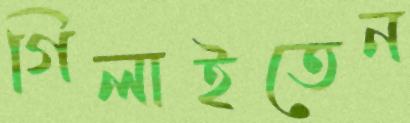
গিলাইতেন